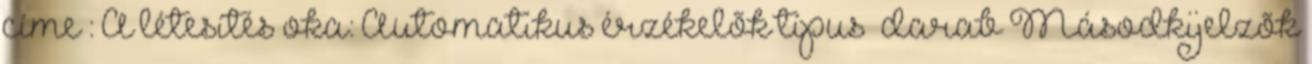
címe : A létesítés oka: Automatikus érzékelõk típus darab Másodkijelzõk